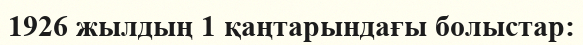
1926 жылдың 1 қаңтарындағы болыстар: